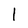
Character: l